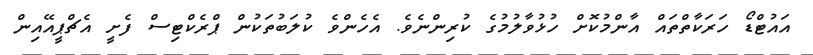
އައުޓްޑޯ ހަރަކާތްތައް އާންމުކޮށް ހުޅުވާލުމުގެ ކުރިންނެވެ. އެހެންވެ ކުލަބުތަކުން ޕްރެކްޓިސް ފެށީ އެޗްޕީއޭއިން